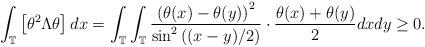
LaTeX: \begin{align*}\int_{\mathbb{T}}\left[\theta^{2} \Lambda \theta\right]dx=\int_{\mathbb{T}} \int_{\mathbb{T}} \frac{\left(\theta(x)-\theta(y)\right)^{2}}{\sin^{2}\left((x-y)/2\right)} \cdot \frac{\theta(x)+\theta(y)}{2} dxdy\ge 0.\end{align*}